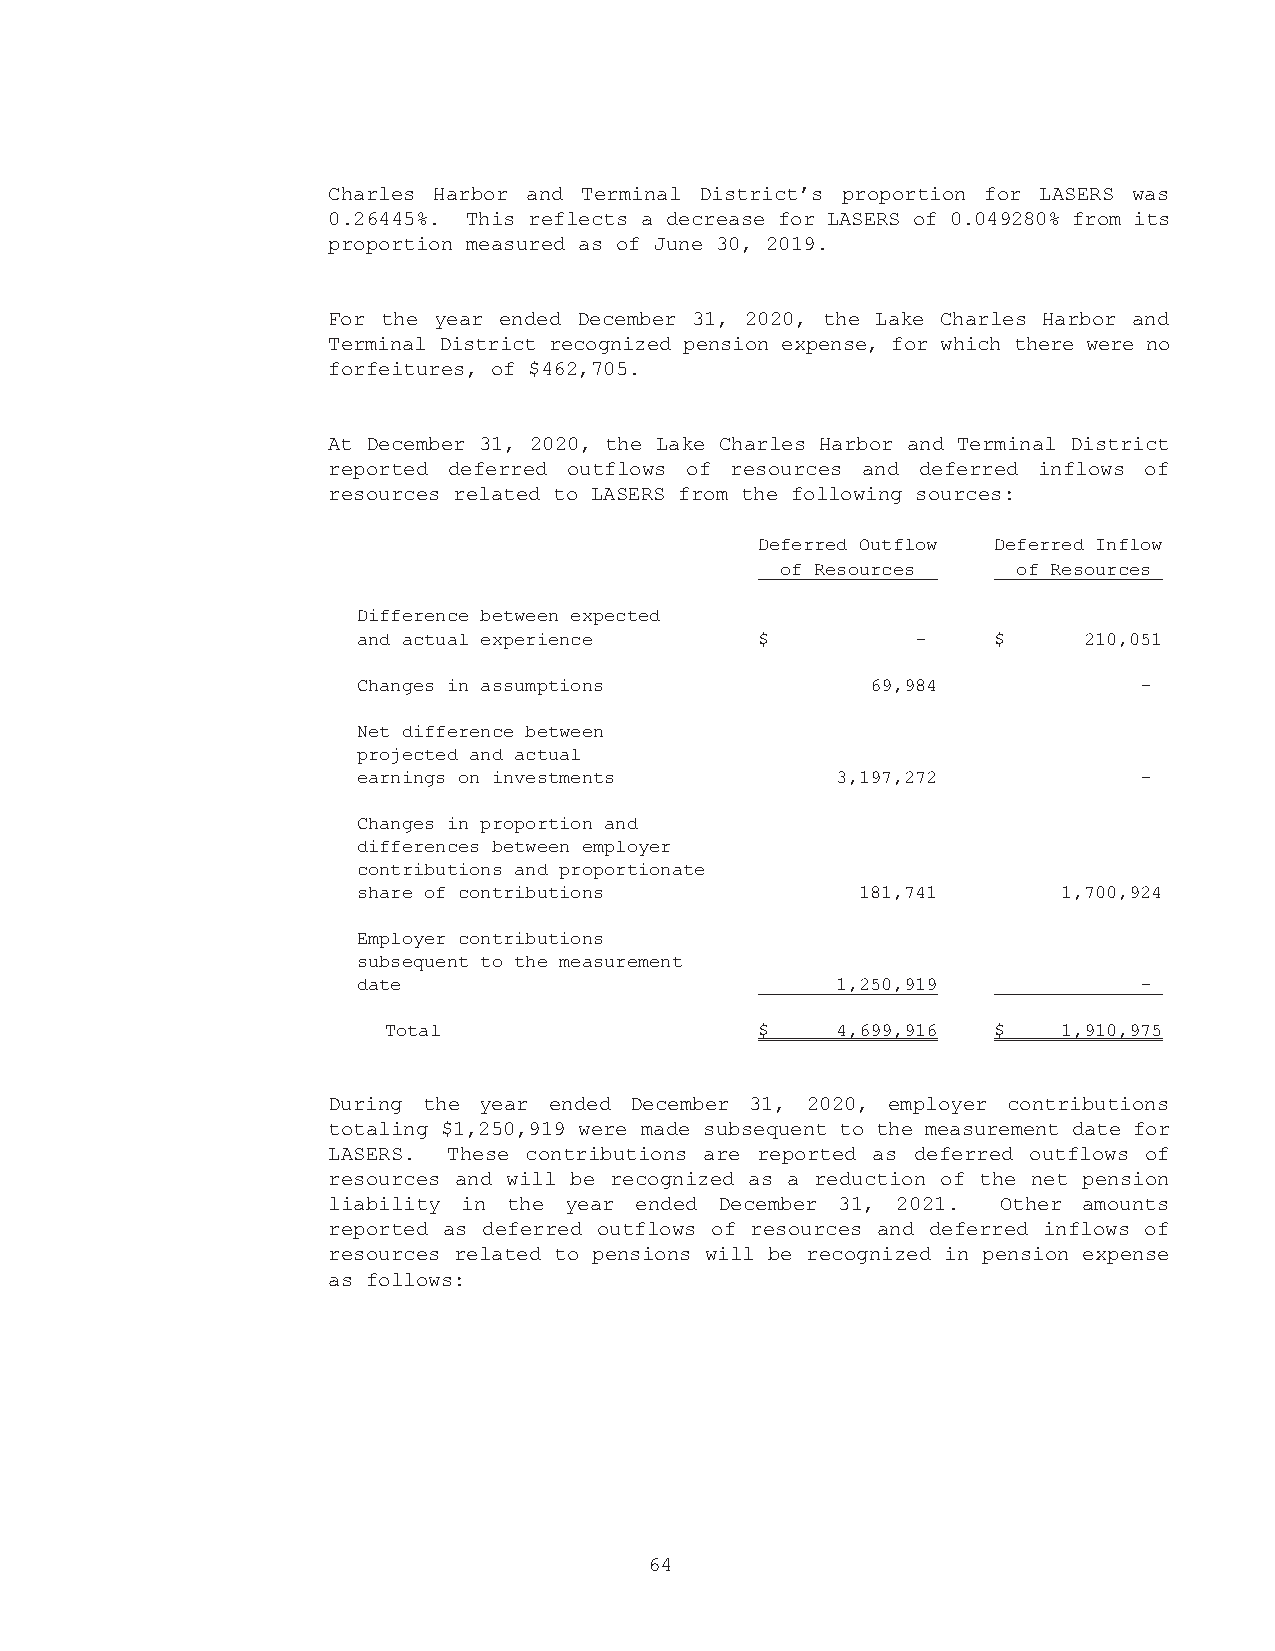
Charles Harbor and Terminal District’s proportion for LASERS was
 0.26445%. This reflects a decrease for LASERS of 0.049280% from its
 proportion measured as of June 30, 2019.
 For the year ended December 31, 2020, the Lake Charles Harbor and
 Terminal District recognized pension expense, for which there were no
 forfeitures, of $462,705.
 At December 31, 2020, the Lake Charles Harbor and Terminal District
 reported deferred outflows of resources and deferred inflows of
 resources related to LASERS from the following sources:
 Deferred Outflow Deferred Inflow
 of Resources   of Resources
 Difference between expected
 and actual experience     $          -    $     210,051
 Changes in assumptions            69,984           -
 Net difference between
 projected and actual
 earnings on investments        3,197,272           -
 Changes in proportion and
 differences between employer
 contributions and proportionate
 share of contributions           181,741      1,700,924
 Employer contributions
 subsequent to the measurement
 date                           1,250,919           -
 Total                    $    4,699,916  $   1,910,975
 During the year ended December 31, 2020, employer contributions
 totaling $1,250,919 were made subsequent to the measurement date for
 LASERS. These contributions are reported as deferred outflows of
 resources and will be recognized as a reduction of the net pension
 liability in the year ended December 31, 2021. Other amounts
 reported as deferred outflows of resources and deferred inflows of
 resources related to pensions will be recognized in pension expense
 as follows:
 64